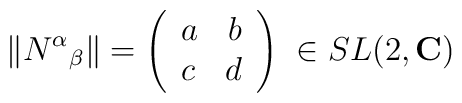
\Vert N^\alpha {}_\beta \Vert =\left(\begin{array}{lr}a & b \\c & d\end{array}\right) \;\in SL(2,{\bf C})